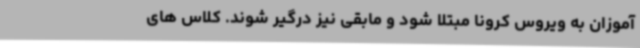
آموزان به ویروس کرونا مبتلا شود و مابقی نیز درگیر شوند. کلاس های